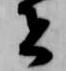
者